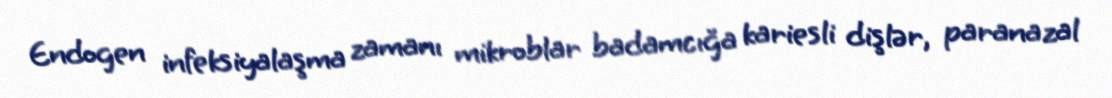
Endogen infeksiyalaşma zamanı mikroblar badamcığa kariesli dişlər, paranazal